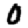
Digit: 0